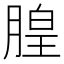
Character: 𪱦